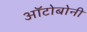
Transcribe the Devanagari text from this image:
ऑटोबोनी